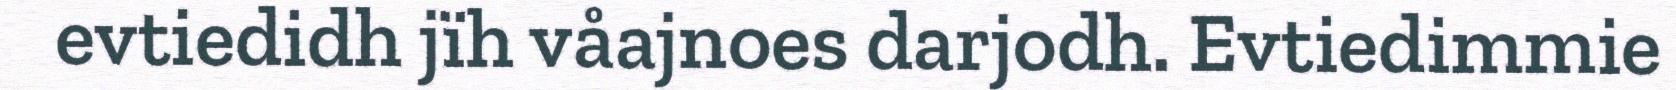
evtiedidh jïh våajnoes darjodh. Evtiedimmie